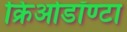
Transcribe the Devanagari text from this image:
क्रिओडॉण्टा